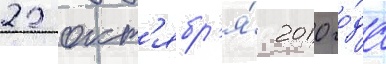
22 окт'ябр'я́ 2010 го́да